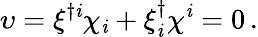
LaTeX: \upsilon=\xi^{\dagger\mathit{i}}\chi_{\mathit{i}}+\xi_{\mathit{i}}^{\dagger}\chi^{\mathit{i}}=0\, .